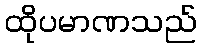
ထိုပမာဏသည်